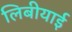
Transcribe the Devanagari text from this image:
लिबीयाई